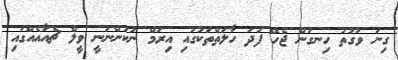
ގިނަ ވަގުތު ހިނގަން ޖެހޭ ފަދަ ހާލަތްތަކުގައި އިރަމް ނުކުންނަނީ ވީލް ޗެއާއެއްގައި